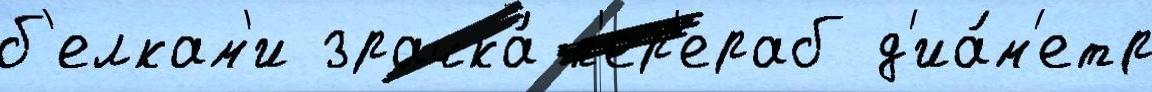
б'елкам'и зрачка́ п'ер'ераб д'иа́м'етр